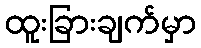
ထူးခြားချက်မှာ